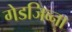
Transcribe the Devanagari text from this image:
गेडजिव्ना